Indian journal of veterinary science and animal husbandry - Volume 3,
Year: 1933
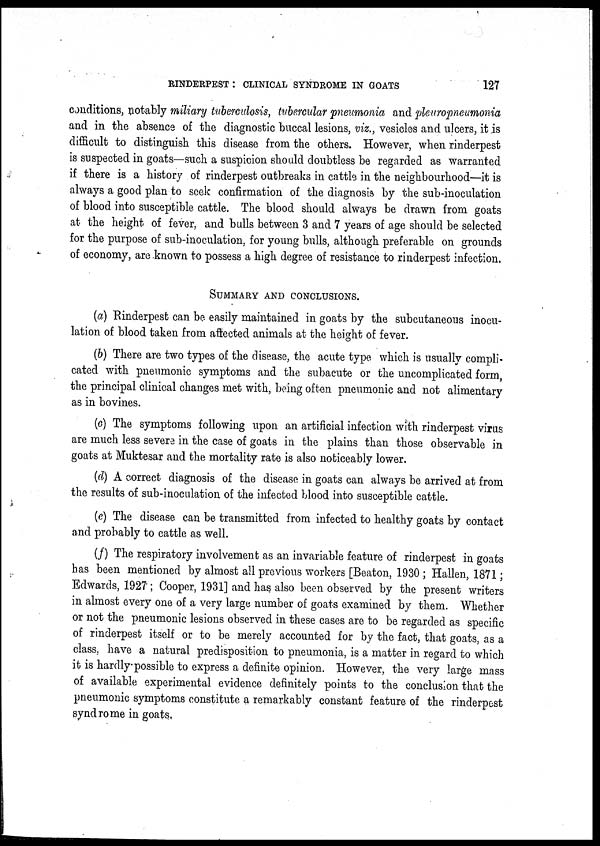
RINDERPEST : CLINICAL SYNDROME IN GOATS
127
conditions, notably miliary tuberculosis, tubercular pneumonia and pleuropneumonia
and in the absence of the diagnostic buccal lesions, viz., vesicles and ulcers, it is
difficult to distinguish this disease from the others. However, when rinderpest
is suspected in goats—such a suspicion should doubtless be regarded as warranted
if there is a history of rinderpest outbreaks in cattle in the neighbourhood—it is
always a good plan to seek confirmation of the diagnosis by the sub-inoculation
of blood into susceptible cattle. The blood should always be drawn from goats
at the height of fever, and bulls between 3 and 7 years of age should be selected
for the purpose of sub-inoculation, for young bulls, although preferable on grounds
of economy, are known to possess a high degree of resistance to rinderpest infection,
SUMMARY AND CONCLUSIONS.
(a) Rinderpest can be easily maintained in goats by the subcutaneous inocu-
lation of blood taken from affected animals at the height of fever.
(b) There are two types of the disease, the acute type which is usually compli-
cated with pneumonic symptoms and the subacute or the uncomplicated form,
the principal clinical changes met with, being often pneumonic and not alimentary
as in bovines.
(c) The symptoms following upon an artificial infection with rinderpest virus
are much less severe in the case of goats in the plains than those observable in
goats at Muktesar and the mortality rate is also noticeably lower.
(d) A correct diagnosis of the disease in goats can always be arrived at from
the results of sub-inoculation of the infected blood into susceptible cattle.
(e) The disease can be transmitted from infected to healthy goats by contact
and probably to cattle as well.
(f) The respiratory involvement as an invariable feature of rinderpest in goats
has been mentioned by almost all previous workers [Beaton, 1930 ; Hallen, 1871 ;
Edwards, 1927 ; Cooper, 1931] and has also been observed by the present writers
in almost every one of a very large number of goats examined by them. Whether
or not the pneumonic lesions observed in these cases are to be regarded as specific
of rinderpest itself or to be merely accounted for by the fact, that goats, as a
class, have a natural predisposition to pneumonia, is a matter in regard to which
it is hardly possible to express a definite opinion. However, the very large mass
of available experimental evidence definitely points to the conclusion that the
pneumonic symptoms constitute a remarkably constant feature of the rinderpest
syndrome in goats.